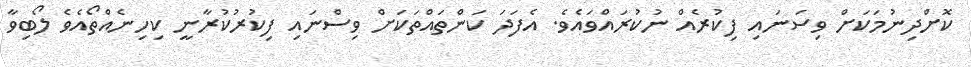
ކޮށްދިނުމަކަށް ވިސަނައި ފިކުރެއް ނުކުރައްވައެވެ. އެފަދަ ކަންތައްތަކަށް ވިސްނައި ފިކުރުކުރާނީ ކިހިނެއްތޯއެވެ ލޯބިވާ